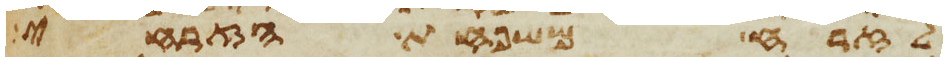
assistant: לזרח משפחת הזרחי